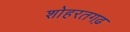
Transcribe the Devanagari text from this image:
शोहरतगढ़